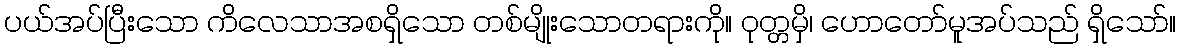
ပယ်အပ်ပြီးသော ကိလေသာအစရှိသော တစ်မျိုးသောတရားကို။ ဝုတ္တမှိ၊ ဟောတော်မူအပ်သည် ရှိသော်။